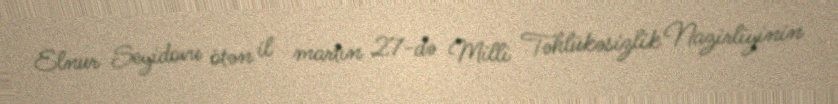
Elnur Seyidovu ötən il martın 27-də Milli Təhlükəsizlik Nazirliyinin